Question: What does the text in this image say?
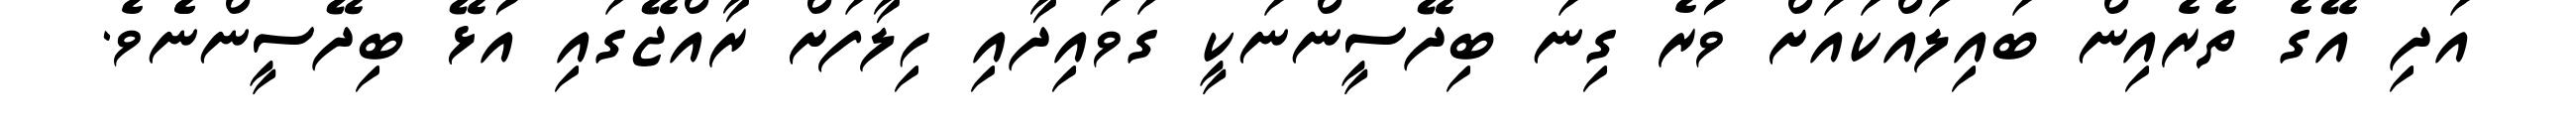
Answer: އަދި އޭގެ ތެރެއިން ބައިލައްކައަށް ވުރެ ގިނަ ބިދޭސީންނަކީ ގަވައިދާއި ހިލާފަށް ރާއްޖޭގައި އުޅޭ ބިދޭސީންނެެވެ.